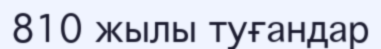
810 жылы туғандар